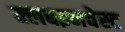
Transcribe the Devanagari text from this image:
क्लबइनवेस्ट